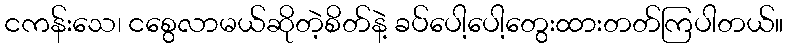
ငကန်းသေ၊ ငစွေလာမယ်ဆိုတဲ့စိတ်နဲ့ ခပ်ပေါ့ပေါ့တွေးထားတတ်ကြပါတယ်။